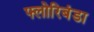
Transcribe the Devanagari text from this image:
फ्लोरिबंडा